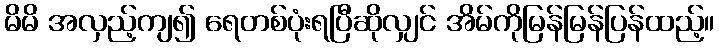
မိမိ အလှည့်ကျ၍ ရေတစ်ပုံးရပြီဆိုလျှင် အိမ်ကိုမြန်မြန်ပြန်ထည့်။